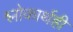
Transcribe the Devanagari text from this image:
श्लोकार्थही